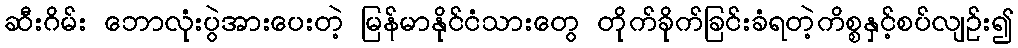
ဆီးဂိမ်း ဘောလုံးပွဲအားပေးတဲ့ မြန်မာနိုင်ငံသားတွေ တိုက်ခိုက်ခြင်းခံရတဲ့ကိစ္စနှင့်စပ်လျဉ်း၍